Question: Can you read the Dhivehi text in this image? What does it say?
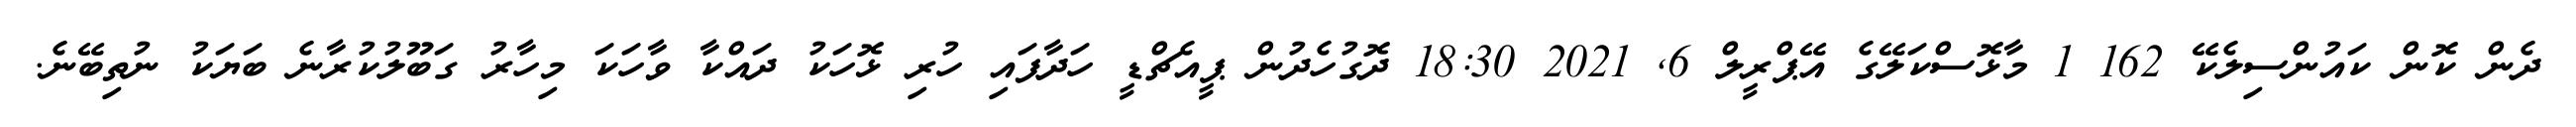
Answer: ދެން ކޮން ކައުންސިލެކޭ 162 1 މާޅޮސްކަލޭގެ އޭޕްރީލް 6, 2021 18:30 ދޮގުހެދުން ޕީއެޗްޑީ ހަދާފައި ހުރި ޅޮހަކު ދައްކާ ވާހަކަ މިހާރު ގަބޫލުކުރާނެ ބަޔަކު ނުތިބޭނެ.